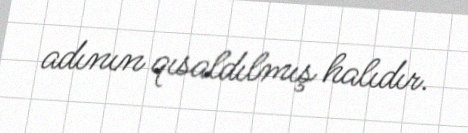
adının qısaldılmış halıdır.